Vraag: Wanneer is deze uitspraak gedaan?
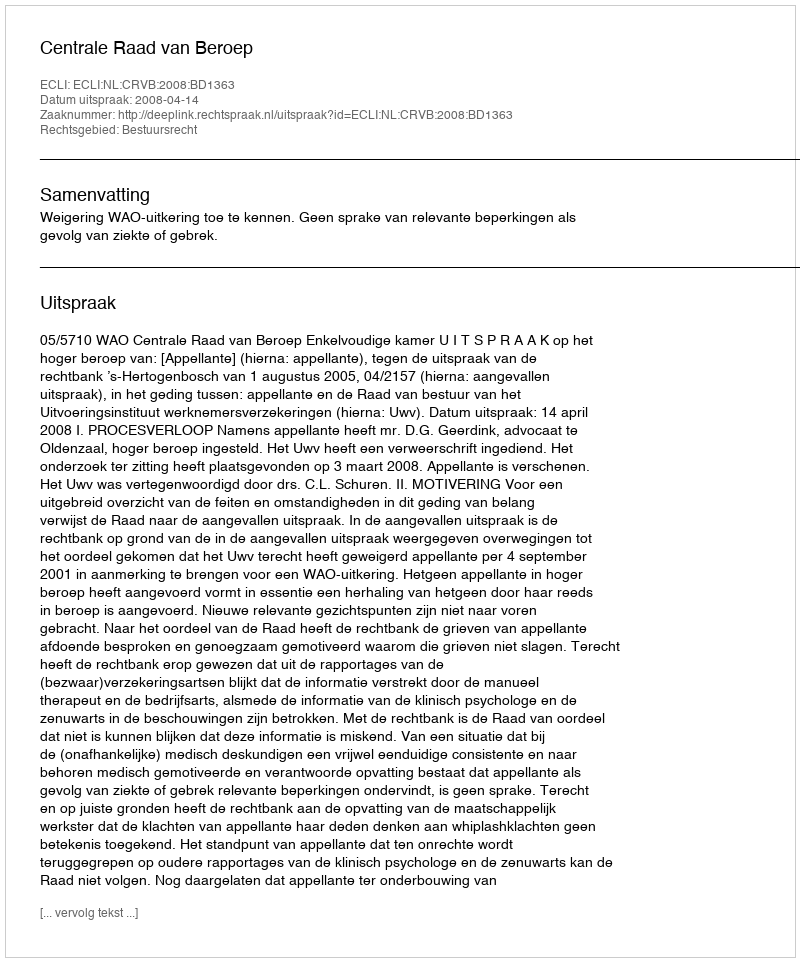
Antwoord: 2008-04-14